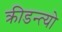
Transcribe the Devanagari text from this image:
क्रीडन्त्यो